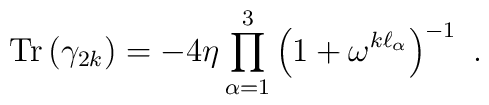
{\rm Tr}\left(\gamma_{2k}\right)=-4\eta\prod_{\alpha=1}^3  \left(1+\omega^{k\ell_\alpha}\right)^{-1}~.